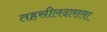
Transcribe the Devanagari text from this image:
तहसीलदाराला